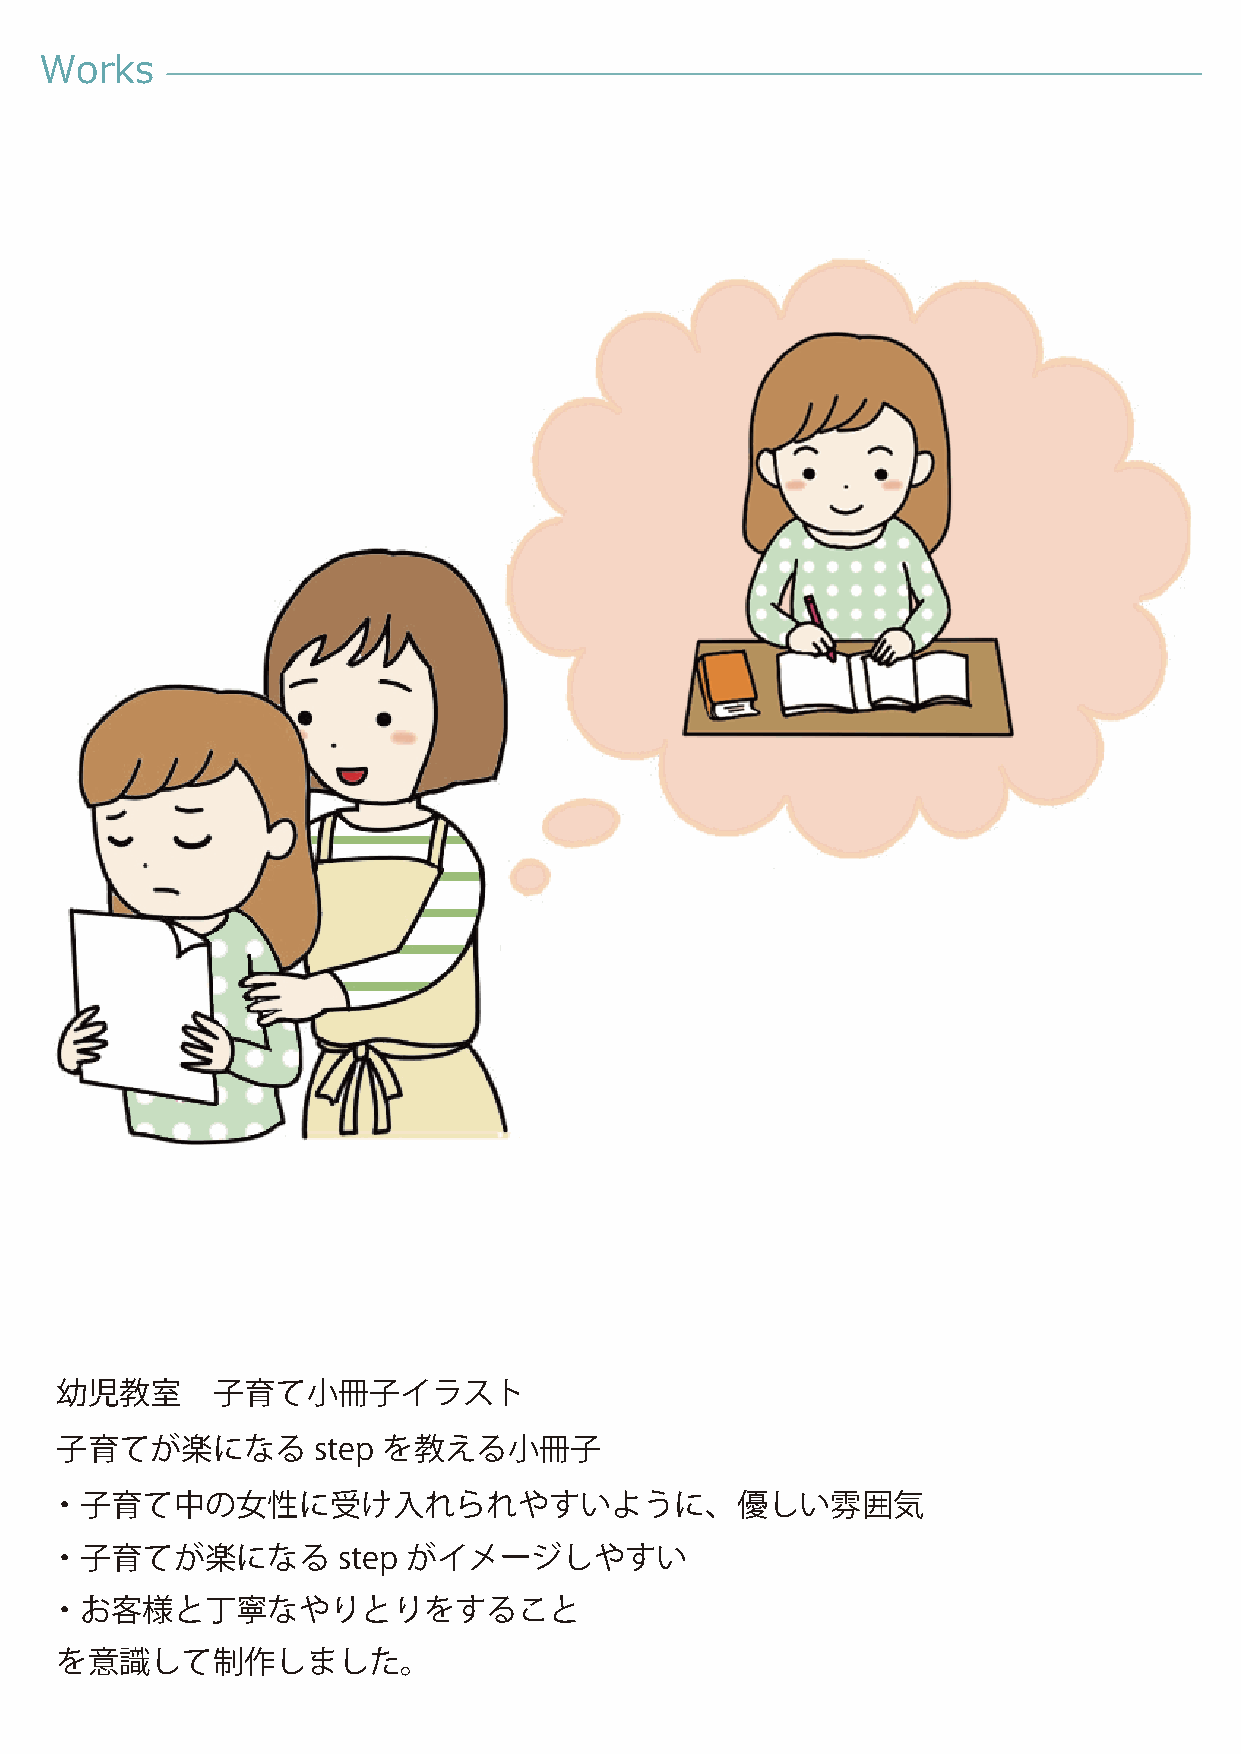
Works
 幼児教室      子育て小冊子イラスト
 子育てが楽になる         step を教える小冊子
 ・子育て中の女性に受け入れられやすいように、優しい雰囲気
 ・子育てが楽になる          step がイメージしやすい
 ・お客様と丁寧なやりとりをすること
 を意識して制作しました。